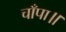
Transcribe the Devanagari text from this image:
चाँपा॥